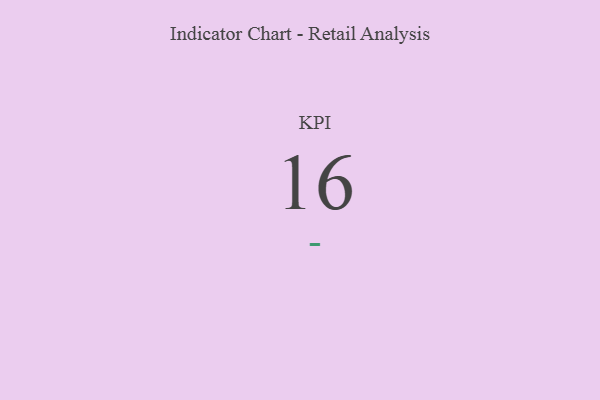
{"axis": {"x": "KPI", "y": "Value"}, "legend": [""], "data": [{"x": "KPI", "y": 16, "type": ""}]}